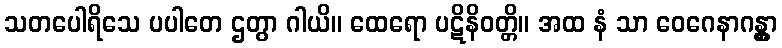
သတပေါရိသေ ပပါတေ ဌတွာ ဂါယိ။ ထေရော ပဋိနိဝတ္တိ။ အထ နံ သာ ဝေဂေနာဂန္တွာ